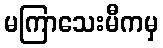
မကြာသေးမီကမှ